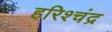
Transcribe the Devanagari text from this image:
हरिश्चंद्र